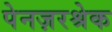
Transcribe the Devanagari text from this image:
पेनज़रश्रेक